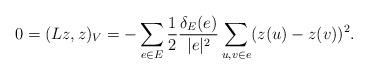
LaTeX: \begin{align*} 0=(Lz,z)_V=-\sum_{e\in E} \frac{1}{2}\frac{\delta_E(e)}{|e|^2}\sum_{u,v\in e}(z(u)-z(v))^2.\end{align*}